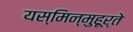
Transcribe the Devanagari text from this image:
यस्मिन्मुहूर्ते